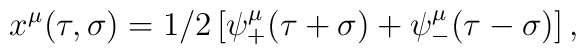
x^{\mu}(\tau,\sigma)=1/2\left[\psi^{\mu}_+(\tau+\sigma)+\psi^{\mu}_-(\tau-\sigma)\right],